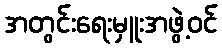
အတွင်းရေးမှူးအဖွဲ့ဝင်